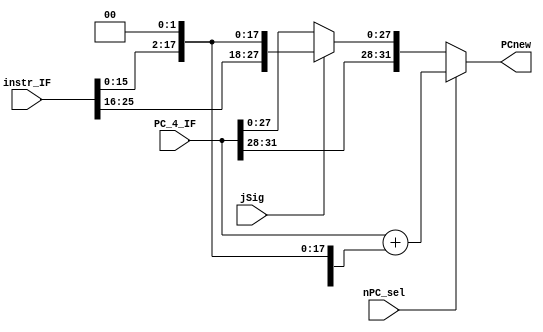
module IFU_Addu(input [31:0]PC_4_IF,instr_IF,input nPC_sel,jSig,output [31:0]PCnew);
wire [15:0]imm;
assign imm=instr_IF[15:0];
assign PCnew=nPC_sel?PC_4_IF+{{16{imm[15]}},imm,2'b00}:jSig?{PC_4_IF[31:28],instr_IF[25:0],2'b00}:PC_4_IF;
endmodule